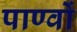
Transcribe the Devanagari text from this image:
पाण्वों